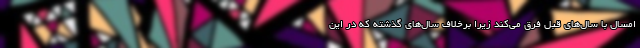
امسال با سال‌های قبل فرق می‌کند زیرا برخلاف سال‌های گذشته که در این